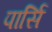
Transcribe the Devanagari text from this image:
पार्सि